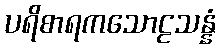
ပရိစာရကသောဠသန္နံ